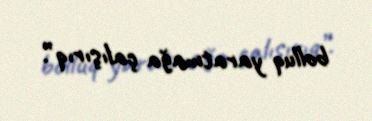
bolluq yaratmağa çalışırıq”.